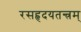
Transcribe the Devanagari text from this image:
रसहृदयतन्त्रम्